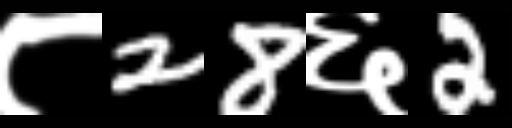
Text: ८28६2